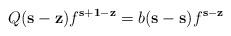
LaTeX: \begin{align*}Q(\textbf{s}-\textbf{z}) f^{\textbf{s}+\textbf{1} - \textbf{z}} = b(\textbf{s} - \textbf{s}) f^{\textbf{s}-\textbf{z}}\end{align*}